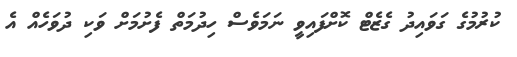
ކުރުމުގެ ގަވައިދު ގެޒެޓް ކޮށްފައިވީ ނަމަވެސް ހިދުމަތް ފެށުމަށް ވަކި ދުވަހެއް އެ